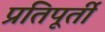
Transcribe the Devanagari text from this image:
प्रतिपूर्ती